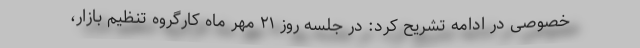
خصوصی در ادامه تشریح کرد: در جلسه روز ۲۱ مهر ماه کارگروه تنظیم بازار،